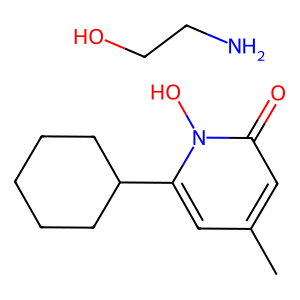
SMILES: Cc1cc(C2CCCCC2)n(O)c(=O)c1.NCCO
Inhibits HIV replication: No